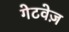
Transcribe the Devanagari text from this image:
गेटवेज़